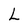
Character: L